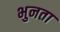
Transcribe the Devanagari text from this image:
भुनता